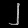
Digit: ၂